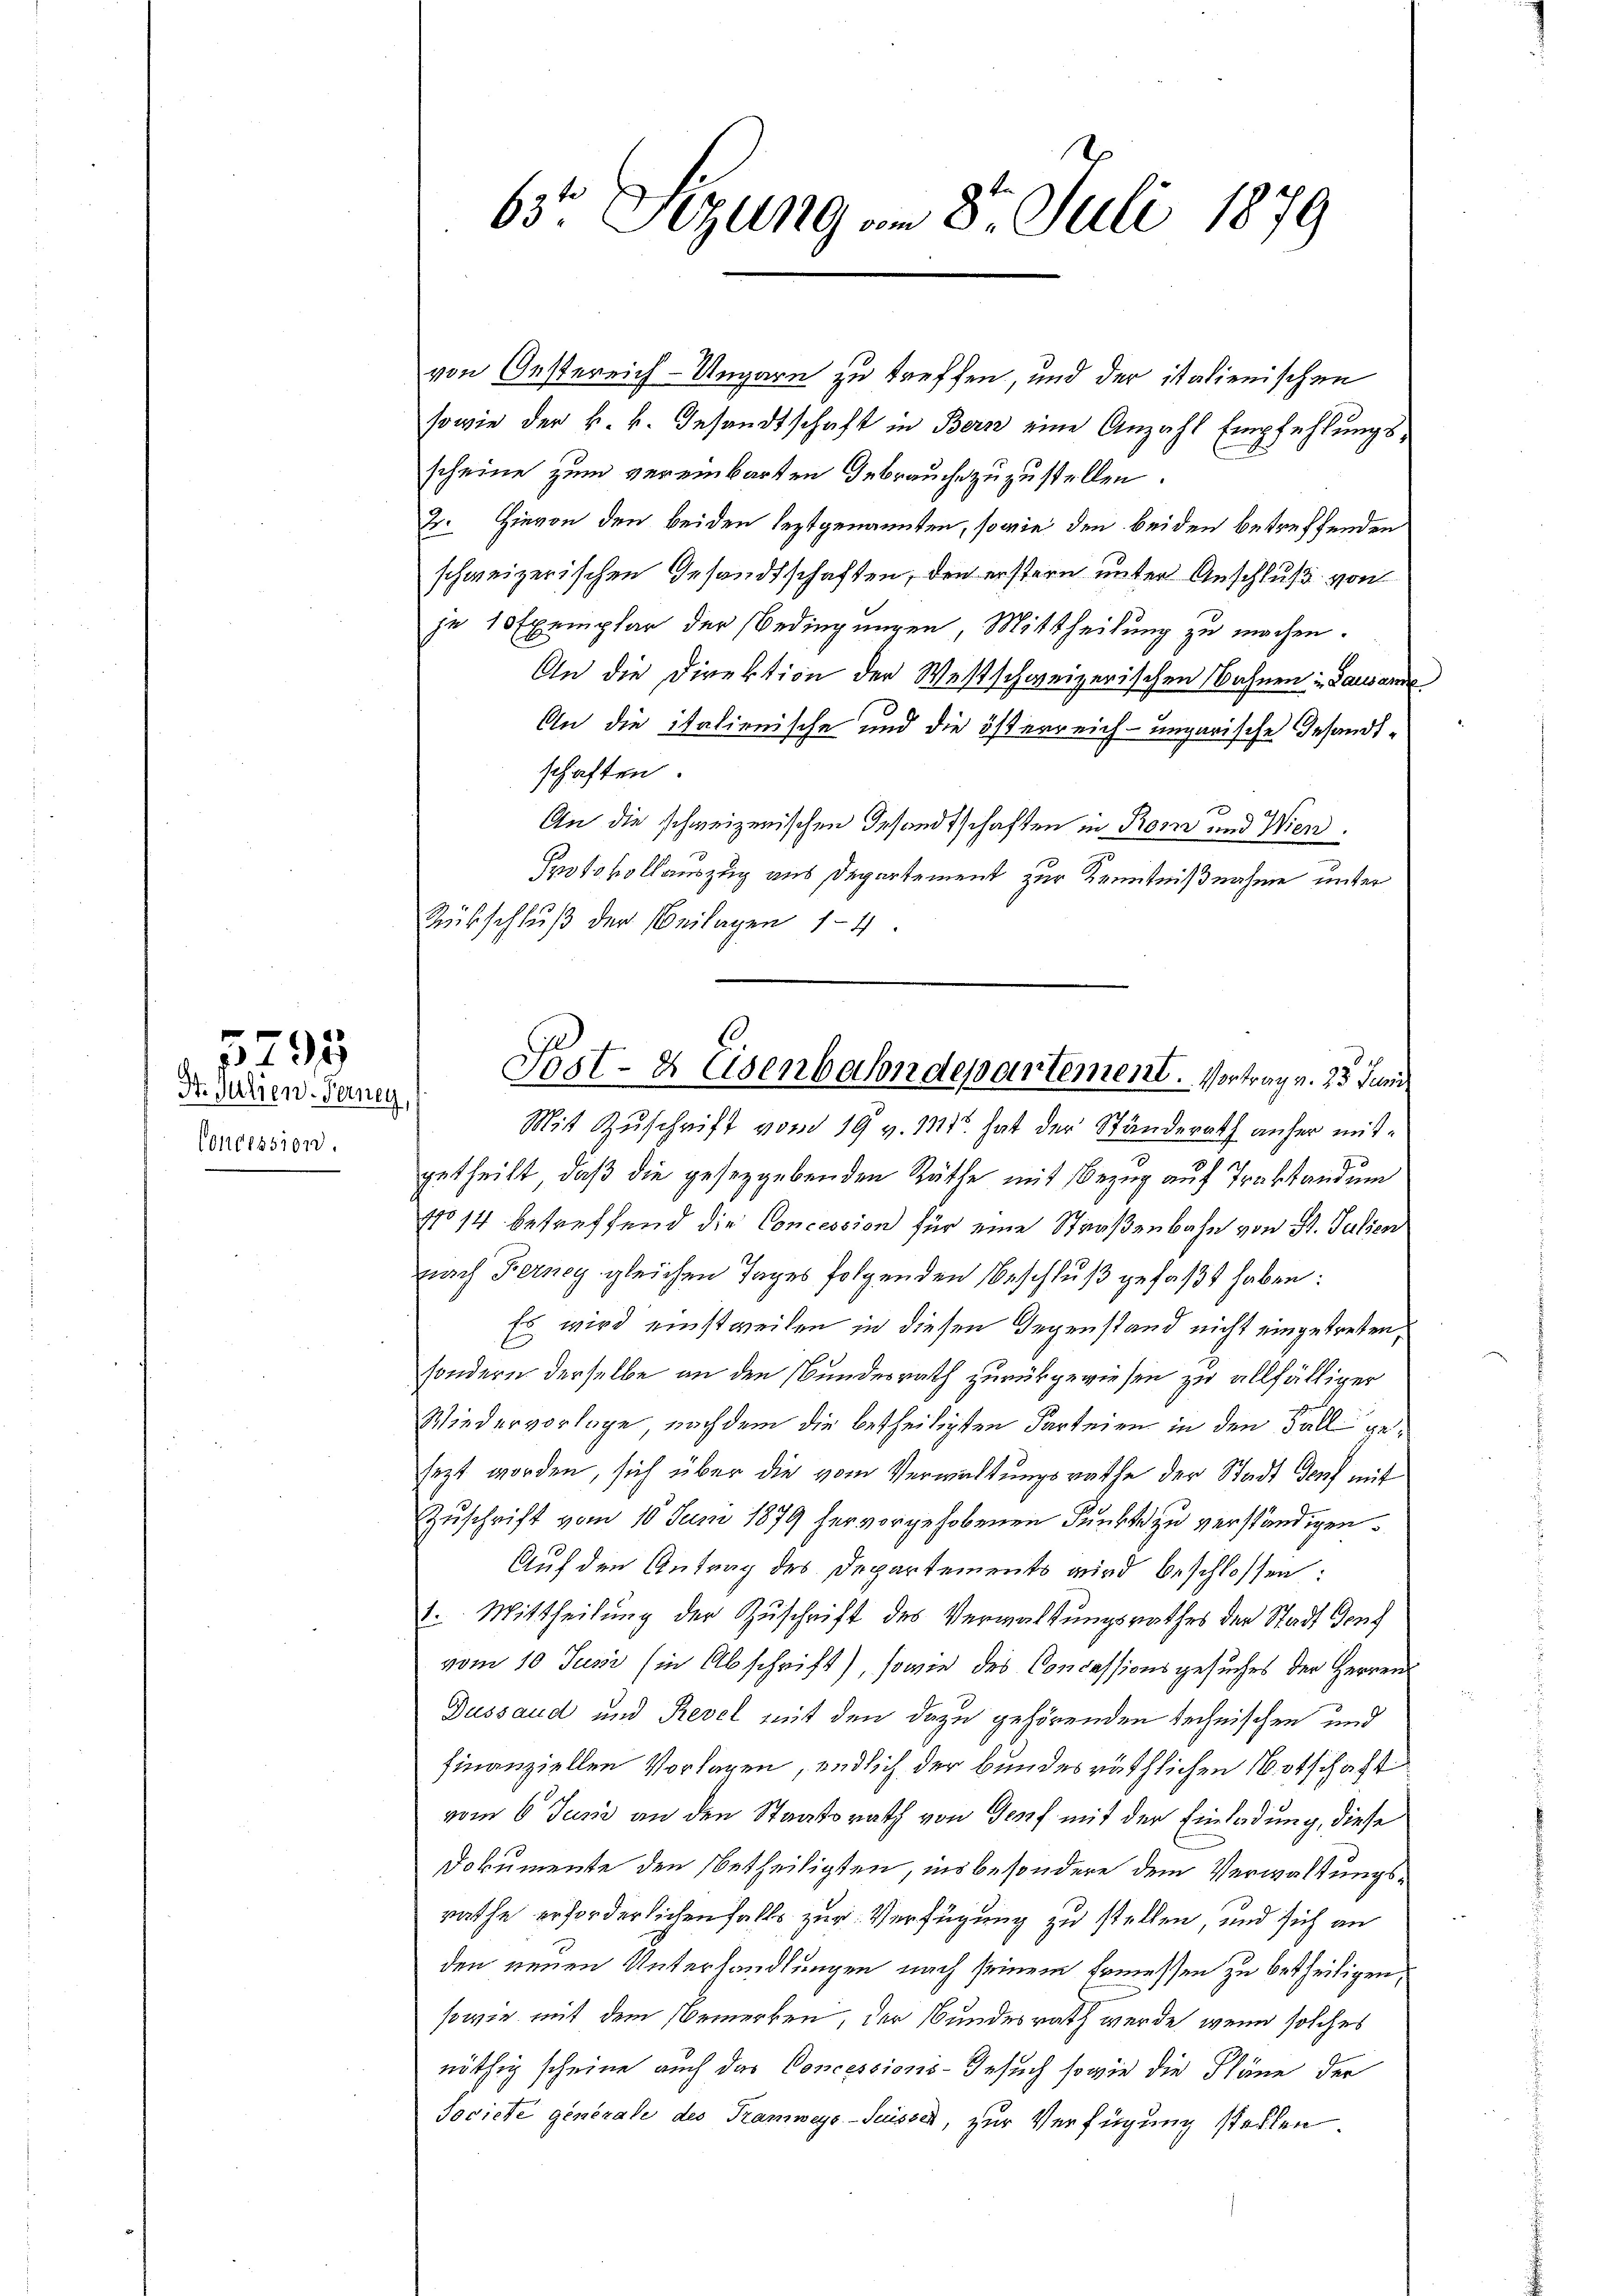
Concession.

22
Dr. Julien. Janey,

von Oestereich-Ungarn zu treffen, und der italienischen
sowie der k. k. Gesandtschaft in Bern eine Anzahl Empfehlungsscheine zum vereinbarten Gebrauche zuzustellen.
2. Hievon den beiden leztgenannten, sowie den beiden betreffenden
schweizerischen Gesandtschaften, den erstern unter Anschluß von
je 10 Exemplar der Bedingungen, Mittheilung zu machen.
An die Direktion der Westschweizerischen Bahnen: Lausanne
An die italienische und die österreich-ungarische Gesandtschaften.
An die schweizerischen Gesandtschaften in Rom und Wien.
Protokollauszug aus Departement zur Kenntnißnahme unter
Rückschluß der Beilagen 1-4.
Mit Zuschrift vom 19 v. 111. hat der Ständerath anher mitgetheilt, daß die gesezgebenden Räthe mit Bezug auf Traktandum
No 14 betreffend die Concession für eine Straßenbahn von St. Julien
nach Ferney gleichen Tages folgenden Beschluß gefaßt haben:
Es wird einstweilen in diesen Gegenstand nicht eingetreten,
sondern derselbe an den Bundesrath zurückgewiesen zu allfälliger
Wiedervorlage nachdem die betheiligten Parteien in den Fall gesezt worden, sich über die vom Verwaltungsrathe der Stadt Genf mit
Zuschrift vom 10. Juni 1879 hervorgehobenen Funkte zu verständigen.
Auf den Antrag des Departements wird beschlossen:
1. Mittheilung der Zuschrift des Verwaltungsrathes der Stadt Genf
vom 10. Jusii (in Abschrift), sowie des Concessionsgesuches der Herrens
Dussaud und Revel mit den dazu gehörenden technischen und
finanziellen Vorlagen, endlich der bundesräthlichen Notschaft
vom 6. Juni an den Staatsrath von Genf mit der Einladung, diese
Dokumente den Betheiligten, insbesondere dem Verwaltungsrathe erforderlichenfalls zur Verfügung zu stellen, und sich an
den neuen Unterhandlungen nach seinem Ermessen zu betheiligen,
sowie mit dem Bemerken, der Bundesrath werde, wenn solches
nöthig scheine auch das Concessions-Gesuch sowie die Pläne der
Societe generale des Tramweys-Suisser, zur Verfügung stellen

6t Sizung am 8. Juli 1879

Post- & Eisenbahndepartement. Vortrag v. 25. Juni